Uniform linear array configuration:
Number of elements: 4
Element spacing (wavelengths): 1
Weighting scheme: blackman
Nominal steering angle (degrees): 15
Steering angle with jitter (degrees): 14.866
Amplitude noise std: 0.05
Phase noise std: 0.05

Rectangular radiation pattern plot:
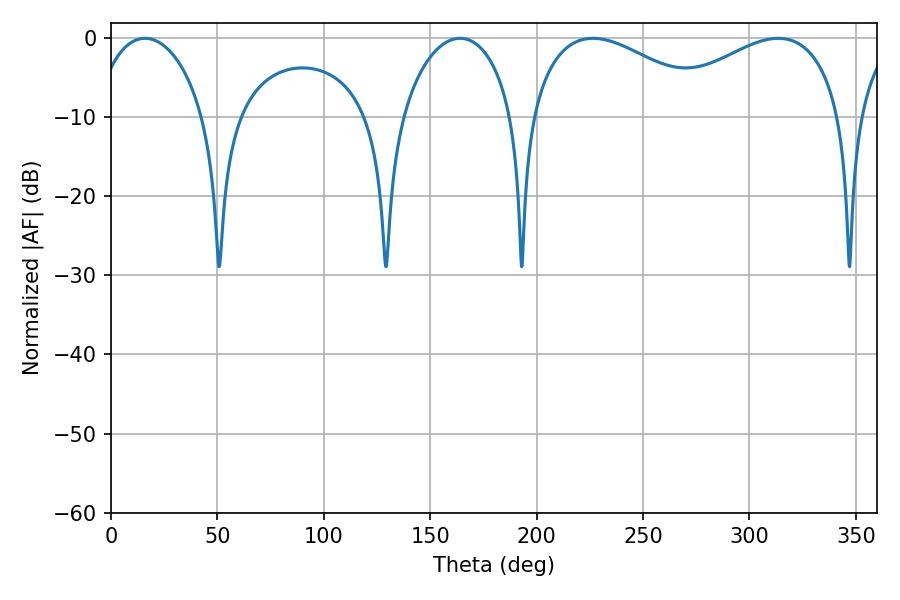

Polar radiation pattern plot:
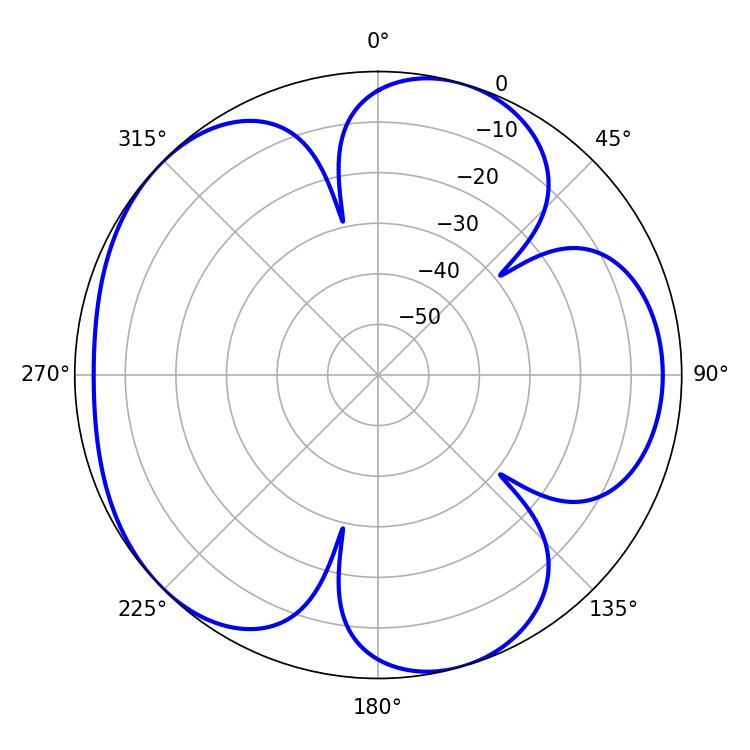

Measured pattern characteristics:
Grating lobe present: TRUE
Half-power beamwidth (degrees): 48.6
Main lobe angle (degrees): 226.44